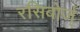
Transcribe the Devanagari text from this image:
रसिबोर्ज्